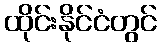
ထိုင်းနိုင်ငံတွင်